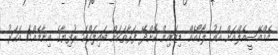
އެމްއޭސީއެލްއަށް އައު ލޯގޯއެއް ޑިޒައިން ކޮށްދޭ ފަރާތަކަށް ބައިލައްކަ ރުފިޔާގެ އިނާމެއް!1 އަހަރު